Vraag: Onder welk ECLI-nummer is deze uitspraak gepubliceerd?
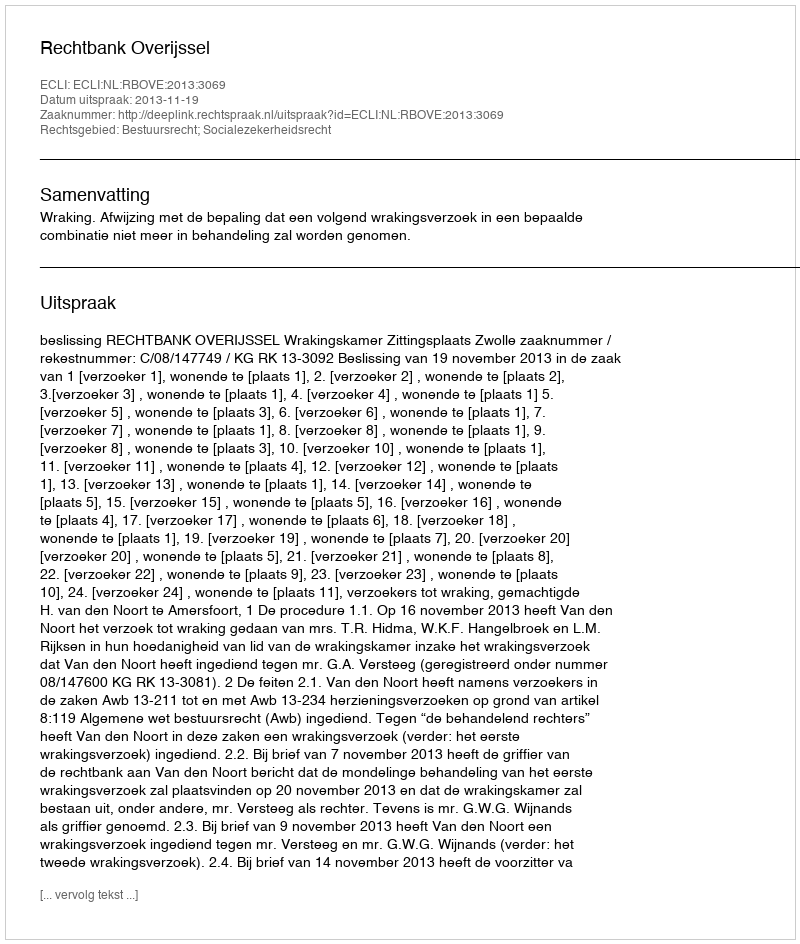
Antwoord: ECLI:NL:RBOVE:2013:3069